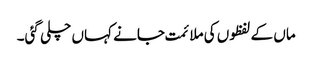
ماں کے لفظوں کی ملائمت جانے کہاں چلی گئی۔